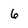
Character: 6